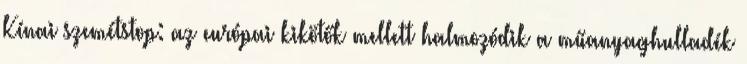
Kínai szemétstop: az európai kikötők mellett halmozódik a műanyaghulladék